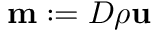
\mathbf { m } : = D \rho \mathbf { u }